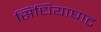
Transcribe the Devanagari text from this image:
सिंधियाघाट